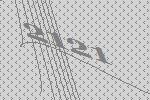
2121